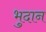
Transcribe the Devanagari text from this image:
भुदान